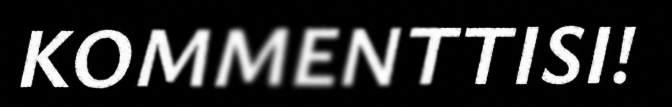
KOMMENTTISI!